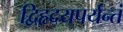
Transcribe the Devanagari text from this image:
द्विहृदयपर्यन्तं